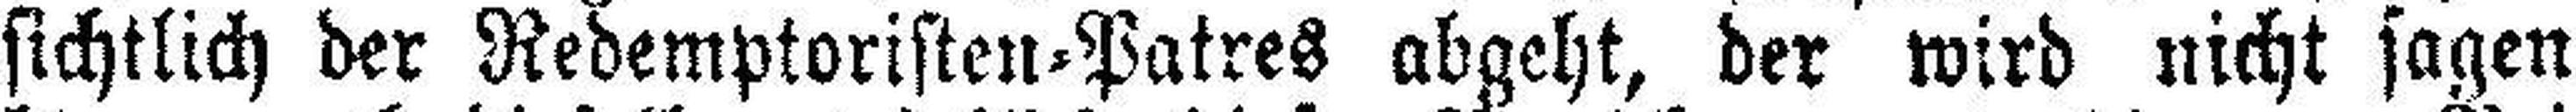
sichtlich der Redemptoristen=Patres abgeht, der wird nicht sagen